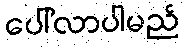
ပေါ်လာပါမည်